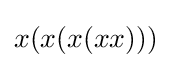
x(x(x(xx)))